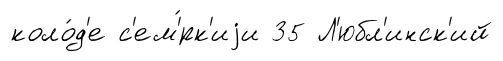
коло́д'е с'ем'́рк'иjи 35 Л'юбл'инск'ий